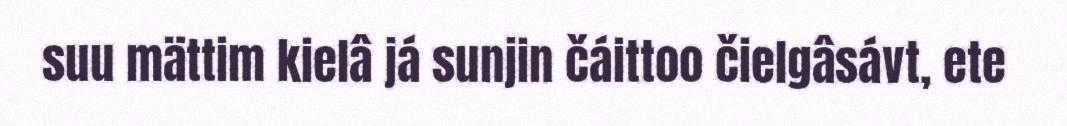
suu mättim kielâ já sunjin čáittoo čielgâsávt, ete